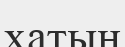
хатың